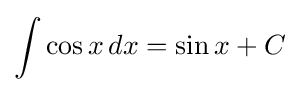
\int \cos x\,dx=\sin x+C